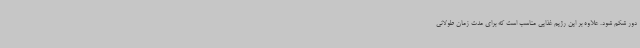
دور شکم شود. علاوه بر این رژیم غذایی مناسب است که برای مدت زمان طولانی